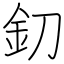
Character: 釖